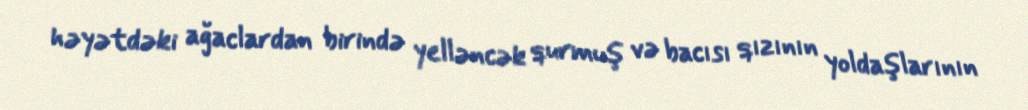
həyətdəki ağaclardan birində yelləncək qurmuş və bacısı qızının yoldaşlarının